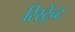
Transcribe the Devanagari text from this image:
रिस्ट्रेन्ट